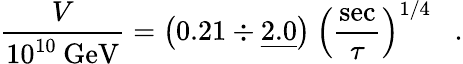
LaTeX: \frac{V}{10^{10}\: \mathrm{GeV}}=\left(0.21\div\underline{{{2.0}}}\right)\: \left(\frac{\mathrm{sec}}{\tau}\right)^{1/4}\; \; \; .